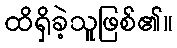
ထိရှိခဲ့သူဖြစ်၏။